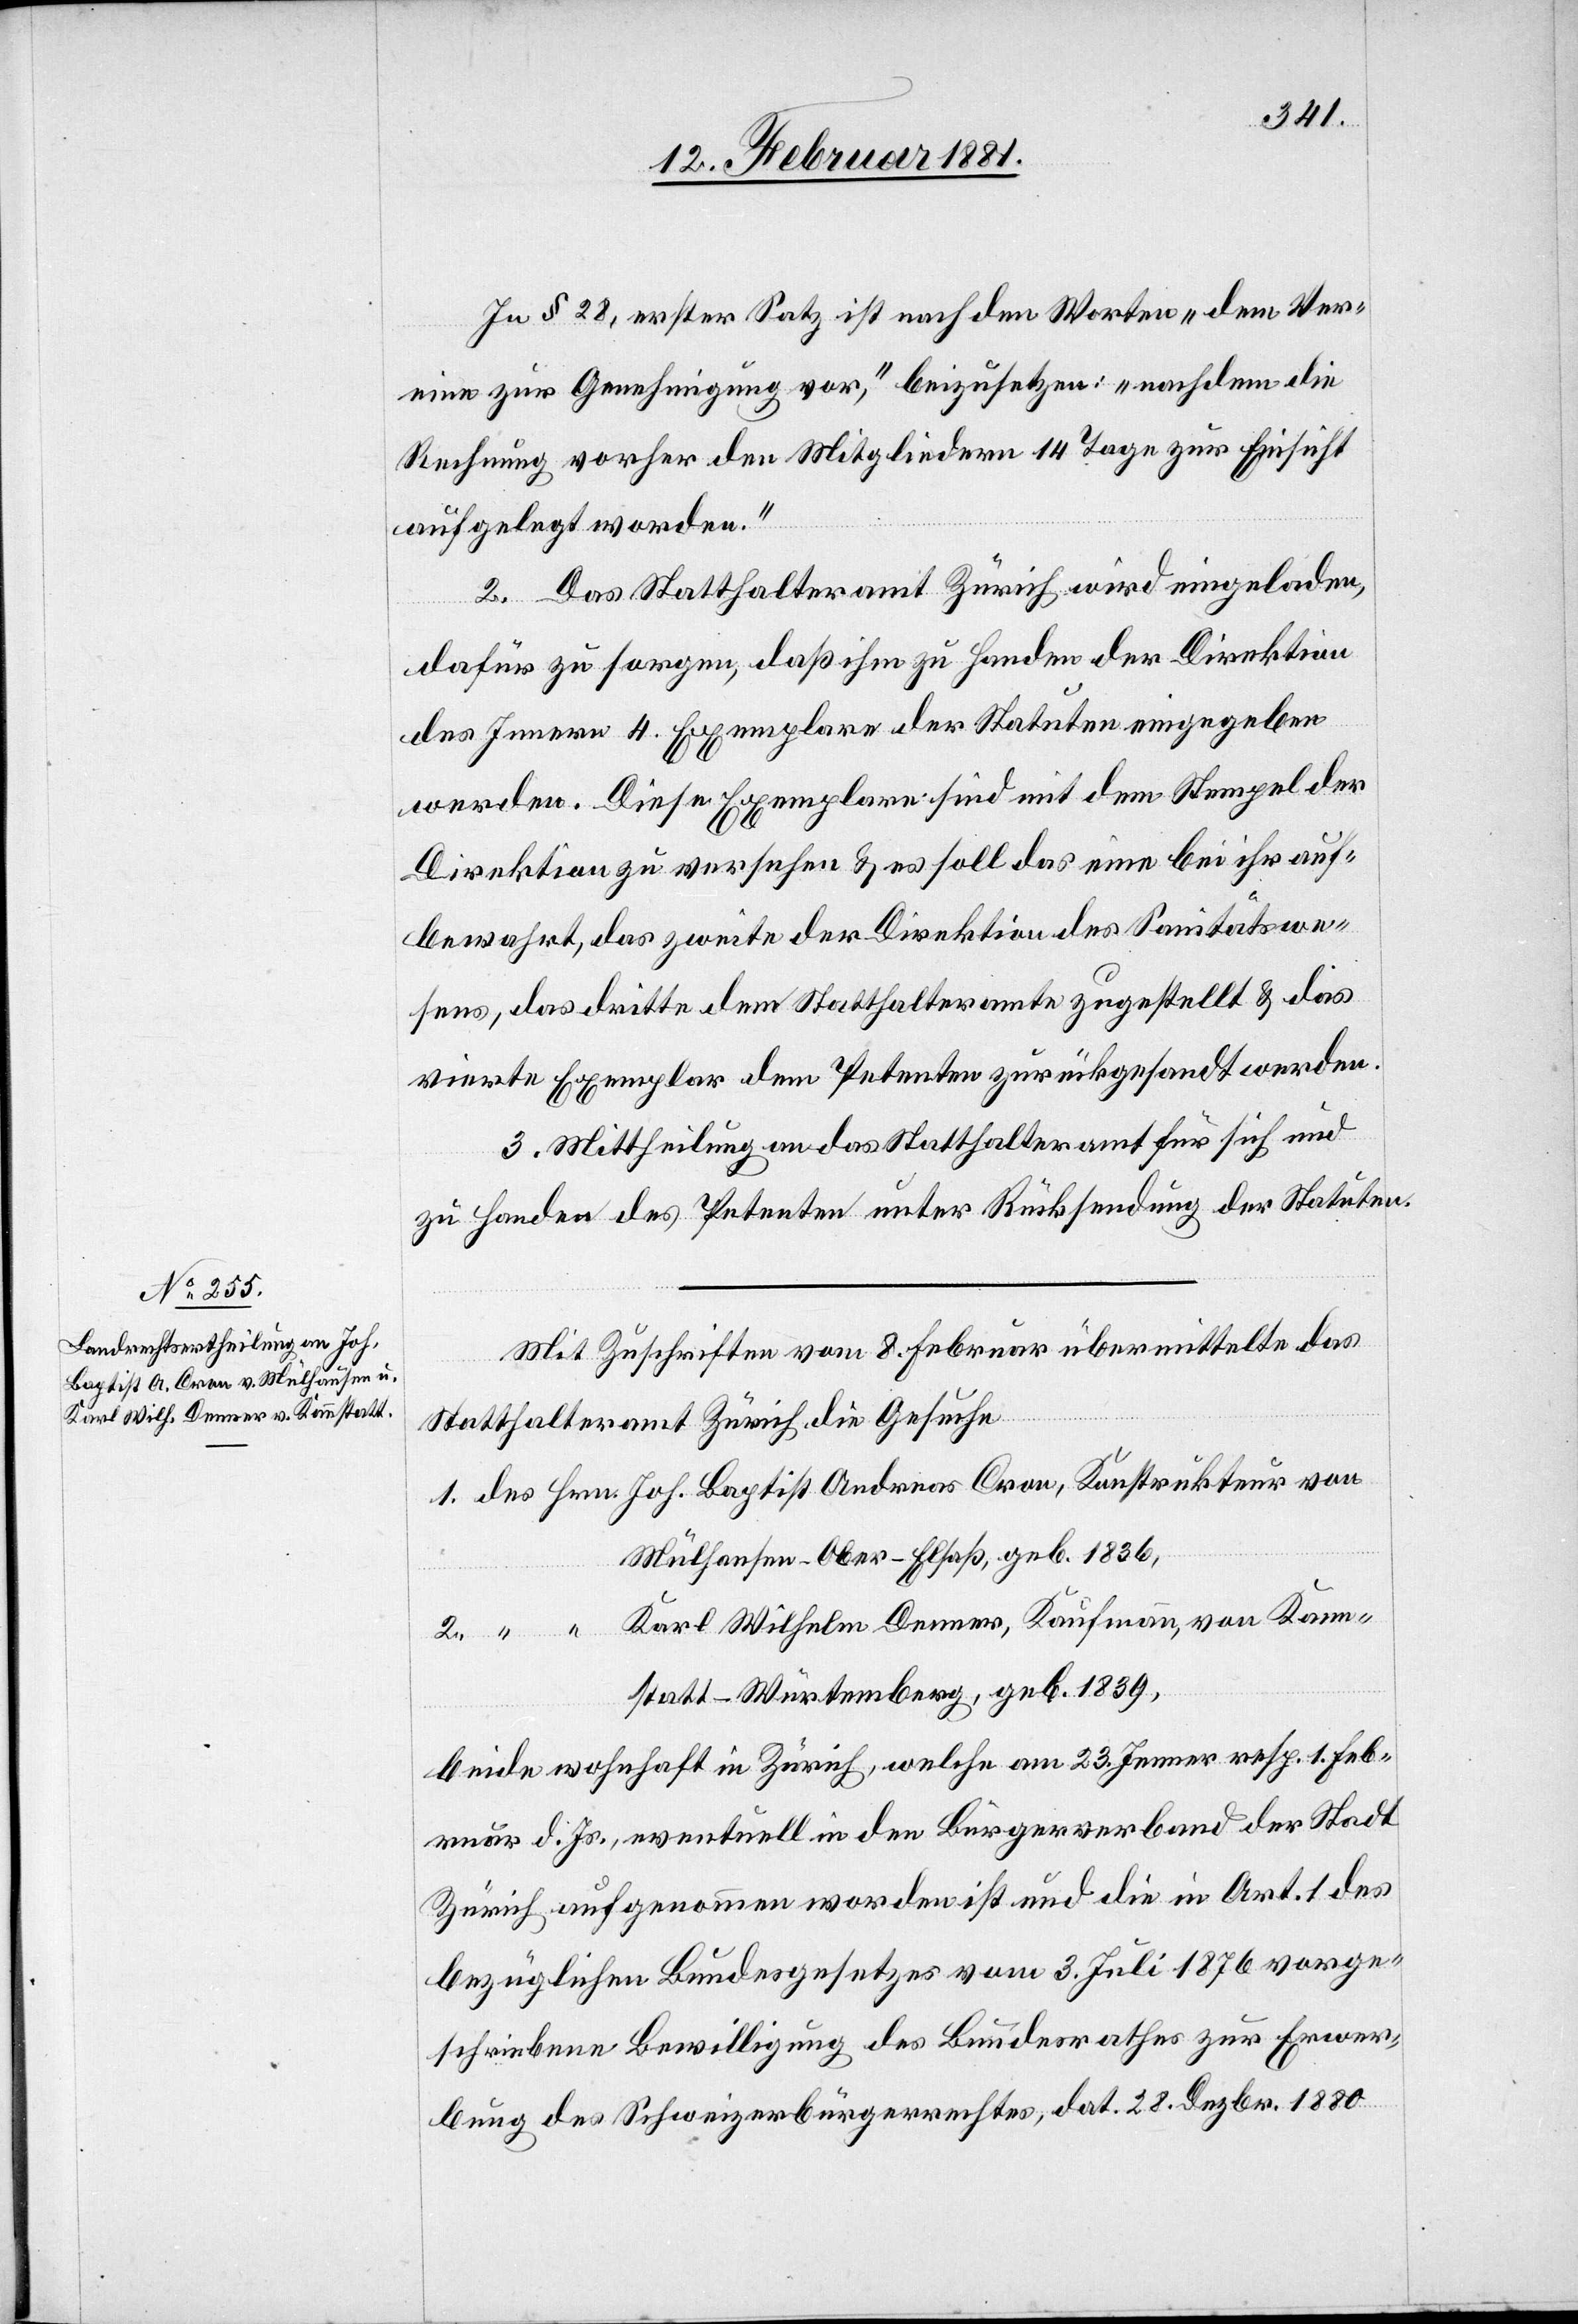
Kann¬
In § 28, erster Satz ist nach den Worten „dem Ver¬
eine zur Genehmigung vor,“ beizusetzen: „nachdem die
Rechnung vorher den Mitgliedern 14 Tage zur Einsicht
aufgelegt worden.“
2. Das Statthalteramt Zürich wird eingeladen,
dafür zu sorgen, daß ihm zu Handen der Direktion
des Innern 4 Exemplare der Statuten eingegeben
werden. Diese Exemplare sind mit dem Stempel der
Direktion zu versehen & es soll das eine bei ihr auf¬
bewahrt, das zweite der Direktion des Sanitätswe¬
sens, das dritte dem Statthalteramte zugestellt & das
vierte Exemplar dem Petenten zurückgesandt werden.
3. Mittheilung an das Statthalteramt für sich und
zu Handen des Petenten unter Rücksendung der Statuten.
Mit Zuschriften vom 8. Februar übermittelte das
Statthalteramt Zürich die Gesuche
Mülhausen - Ober-Elsaß, geb. 1836,
statt - Württemberg, geb. 1839,
beide wohnhaft in Zürich, welche am 23. Jenner resp. 1. Feb¬
ruar d. Js., eventuell in den Bürgerverband der Stadt
Zürich aufgenommen worden ist und die in Art. 1 des
bezüglichen Bundesgesetzes vom 3. Juli 1876 vorge¬
schrieben Bewilligung des Bundesrathes zur Erwer¬
bung des Schweizerbürgerrechtes, dat. 28. Dezbr. 1880